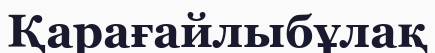
Қарағайлыбұлақ